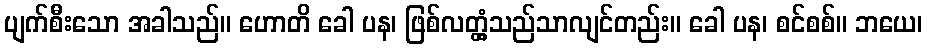
ပျက်စီးသော အခါသည်။ ဟောတိ ခေါ ပန၊ ဖြစ်လတ္တံ့သည်သာလျင်တည်း။ ခေါ ပန၊ စင်စစ်။ ဘယေ၊